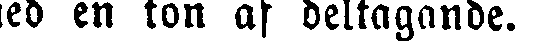
med en ton af deltagande.